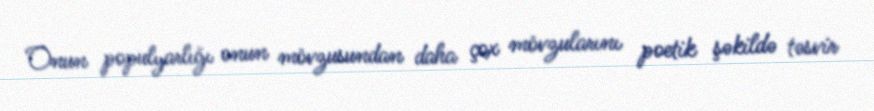
Onun populyarlığı onun mövzusundan daha çox mövzularını poetik şəkildə təsvir